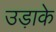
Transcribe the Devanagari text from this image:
उड़ाके